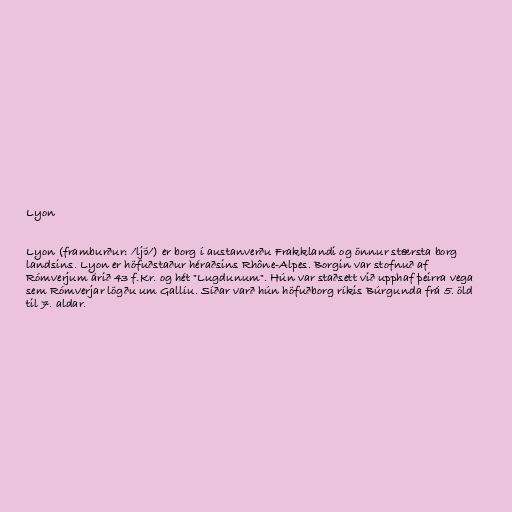
Lyon

Lyon (framburður: /ljɔ̃/) er borg í austanverðu Frakklandi og önnur stærsta borg
landsins. Lyon er höfuðstaður héraðsins Rhône-Alpes. Borgin var stofnuð af
Rómverjum árið 43 f.Kr. og hét "Lugdunum". Hún var staðsett við upphaf þeirra vega
sem Rómverjar lögðu um Gallíu. Síðar varð hún höfuðborg ríkis Búrgunda frá 5. öld
til 7. aldar.